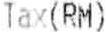
TAX(RM)